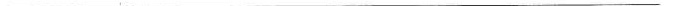
___